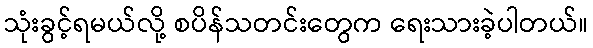
သုံးခွင့်ရမယ်လို့ စပိန်သတင်းတွေက ရေးသားခဲ့ပါတယ်။